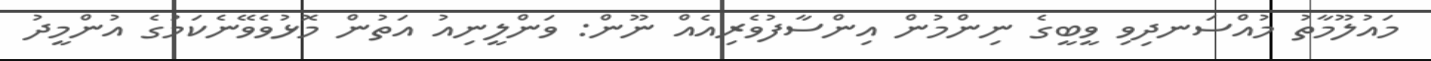
މައުލޫމާތު މުއްސަނދިވި ވީބީގެ ނިންމުން އިންސާފުވެރިއެއް ނޫން: ވަންލީނިއު އަތުން މޮޅުވެވޭނެކަމުގެ އުންމީދު